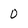
Character: O